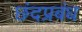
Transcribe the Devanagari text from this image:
छंदप्रबंध